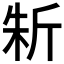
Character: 𣂛